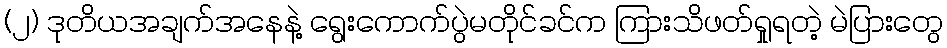
(၂) ဒုတိယအချက်အနေနဲ့ ရွေးကောက်ပွဲမတိုင်ခင်က ကြားသိဖတ်ရှုရတဲ့ မဲပြားတွေ